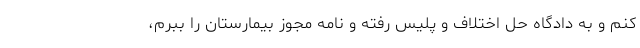
کنم و به دادگاه حل اختلاف و پلیس رفته و نامه مجوز بیمارستان را ببرم،